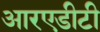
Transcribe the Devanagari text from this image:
आरएडीटी